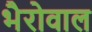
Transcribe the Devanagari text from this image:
भैरोवाल